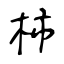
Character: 柿